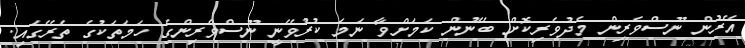
އޭރުން ނޫސްވެރިން މެދުވެރިކޮށް ބޭނުން ކަމަށްވާ ނަމަ ކުރުވޭނީ ނޫސްވެރިންގެ ހަމަތަކުގެ ތެރޭގައި.